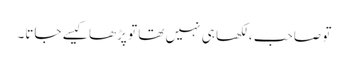
تو صاحب ، لکھا ہی نہیں تھا تو پڑھا کیسے جاتا۔